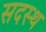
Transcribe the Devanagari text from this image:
सदस्थ